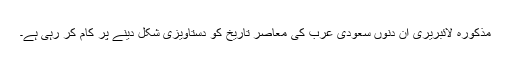
مذکورہ لائبریری ان دنوں سعودی عرب کی معاصر تاریخ کو دستاویزی شکل دینے پر کام کر رہی ہے۔